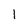
Character: 1